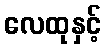
လေထုနှင့်